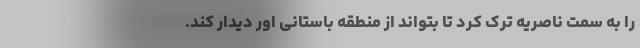
را به سمت ناصریه ترک کرد تا بتواند از منطقه باستانی اور دیدار کند.